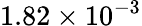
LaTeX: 1.82\times{{10}^{-3}}